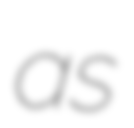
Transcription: as